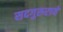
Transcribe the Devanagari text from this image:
सदगुरुराये